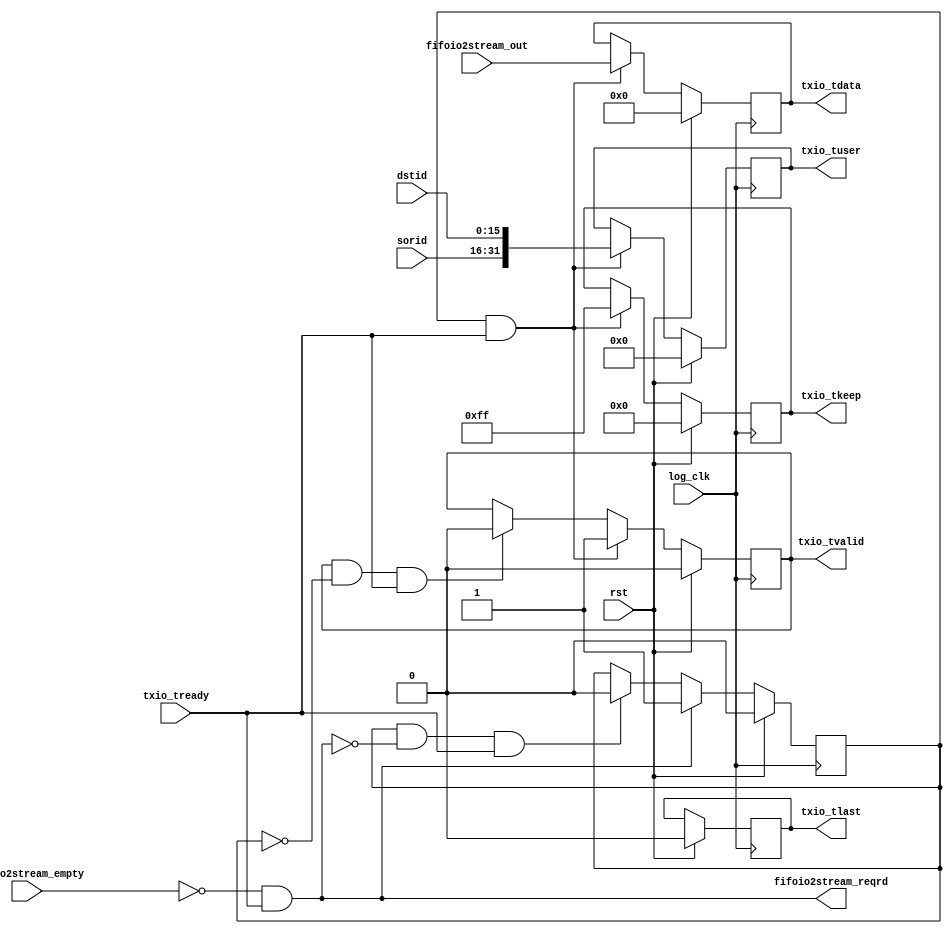
`timescale 1ns / 1ps
//////////////////////////////////////////////////////////////////////////////////
// Company: 
// Engineer: 
// 
// Design Name: 
// Module Name:    stream_out 
// Project Name: 
// Target Devices: 
// Tool versions: 
// Description: 
//
// Dependencies: 
//
// Revision: 
// Revision 0.01 - File Created
// Additional Comments: 
//
//////////////////////////////////////////////////////////////////////////////////
module fifoio2stream(/*autoarg*/
	//inout
//	control0,
    //Inputs
    log_clk, rst, dstid, sorid, txio_tready, fifoio2stream_out, 
    fifoio2stream_empty, 

    //Outputs
    txio_tuser, txio_tvalid, txio_tlast, txio_tdata, 
    txio_tkeep, fifoio2stream_reqrd);
	   
//inout [35:0]   control0;   
input          log_clk;
input          rst;
input [15:0]   dstid;
input [15:0]   sorid;
//stream interface
output [31:0]  txio_tuser;
output         txio_tvalid;
output         txio_tlast;
input          txio_tready;
output [127:0] txio_tdata;
output [7:0]   txio_tkeep;
//fifo rd interface
output         fifoio2stream_reqrd;
input [127:0]   fifoio2stream_out;
input          fifoio2stream_empty;

reg    [31:0]  txio_tuser;
reg            txio_tvalid;
reg            txio_tlast;
reg    [127:0]  txio_tdata;
reg    [7:0]   txio_tkeep;
reg            d_valid;

assign         fifoio2stream_reqrd = (!fifoio2stream_empty) && txio_tready;

always@(posedge log_clk)
  if(rst)
    d_valid <= 0;
//  else if(fifoio2stream_reqrd && fifoio2stream_out[8])//last
//    d_valid <= 0;
  else if(fifoio2stream_reqrd)
    d_valid <= 1;
  else if(d_valid && (!fifoio2stream_reqrd) && txio_tready)//empty
    d_valid <= 0;

always@(posedge log_clk)
  if(rst)
    txio_tvalid <= 0;
 // else if(d_valid && (!fifoio2stream_out[8]) && txio_tready)
 else if(d_valid && txio_tready)
    txio_tvalid <= 1;
  else if(txio_tvalid && (!d_valid) && txio_tready)
    txio_tvalid <= 0;

always@(posedge log_clk)
  if(rst)
    txio_tlast <= 0;
//  else if(d_valid && txio_tready)
//    txio_tlast <= fifoio2stream_out[64];
//  else
//  	txio_tlast <= 1'b0;

always@(posedge log_clk)
  if(rst)
    txio_tdata <= 0;
  else if(d_valid && txio_tready)
    txio_tdata <= fifoio2stream_out[127:0];

always@(posedge log_clk)
  if(rst)
    txio_tkeep <= 0;
  else if(d_valid && txio_tready)
    txio_tkeep <= 8'hff;

always@(posedge log_clk)
  if(rst)
    txio_tuser <= 0;
  else if(d_valid && txio_tready)
    txio_tuser <= {sorid,dstid};
    
endmodule